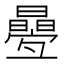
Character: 㬪